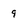
Character: 9